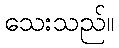
သေးသည်။